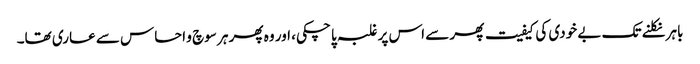
باہر نکلنے تک بے خودی کی کیفیت پھر سے اس پر غلبہ پا چکی، اور وہ پھر ہر سوچ و احساس سے عاری تھا۔